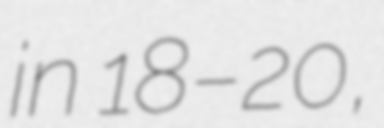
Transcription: in 18–20,